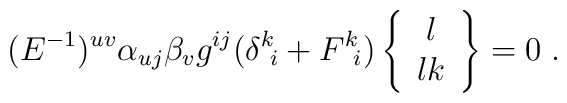
(E^{-1})^{uv}\alpha_{uj}\beta_{v}g^{ij}(\delta^{k}\!_{i}+F^{k}\!_{i})\left\{\begin{array}{c}l \\lk\end{array}\right\}=0\; .